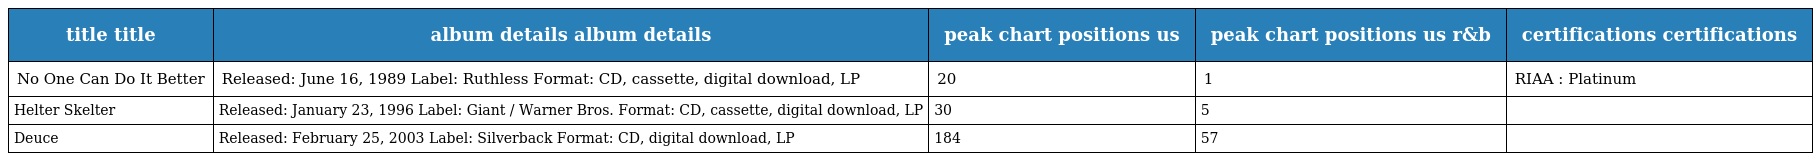
| title title | album details album details | peak chart positions us | peak chart positions us r&b | certifications certifications |
 | --- | --- | --- | --- | --- |
 | No One Can Do It Better | Released: June 16, 1989 Label: Ruthless Format: CD, cassette, digital download, LP | 20 | 1 | RIAA : Platinum |
 | Helter Skelter | Released: January 23, 1996 Label: Giant / Warner Bros. Format: CD, cassette, digital download, LP | 30 | 5 |  |
 | Deuce | Released: February 25, 2003 Label: Silverback Format: CD, digital download, LP | 184 | 57 |  |